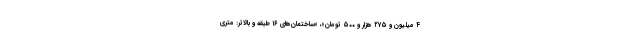
۴ میلیون و ۲۷۵ هزار و ۵۰۰ تومان»، «ساختمان‌های ۱۶ طبقه و بالاتر: متری